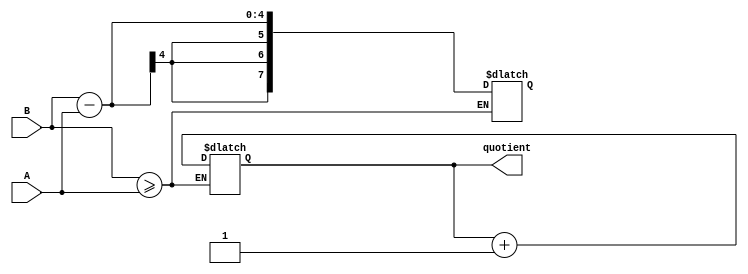
module pipelined_divider (
  input wire [3:0] A,
  input wire [3:0] B,
  output reg [7:0] quotient
);

reg [3:0] dividend;
reg [7:0] remain;
reg [7:0] temp_remain;

always @(*) begin
  dividend <= A;
  remain <= B;
  temp_remain <= remain;
end

always @(*) begin
  if (temp_remain >= dividend) begin
    temp_remain = temp_remain - dividend;
    quotient = quotient + 1;
  end
end

endmodule